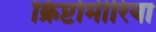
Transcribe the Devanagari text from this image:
क्रिप्टोमीरिया